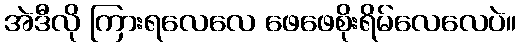
အဲဒီလို ကြားရလေလေ ဖေဖေစိုးရိမ်လေလေပဲ။